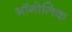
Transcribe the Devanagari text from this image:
भॉगोलिक